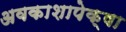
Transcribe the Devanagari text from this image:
अवकाशापेक्षा